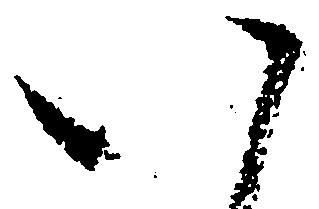
八